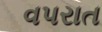
વપરાત